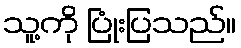
သူ့ကို ပြုံးပြသည်။